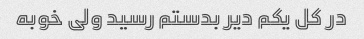
در کل یکم دیر بدستم رسید ولی خوبه